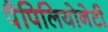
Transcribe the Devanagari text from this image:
पैपिलियोनेटी